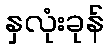
နှလုံးခုန်